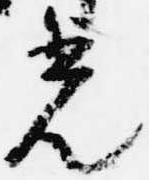
光